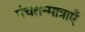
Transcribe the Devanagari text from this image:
पंचतन्मात्राएँ